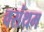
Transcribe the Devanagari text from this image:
वसंथम